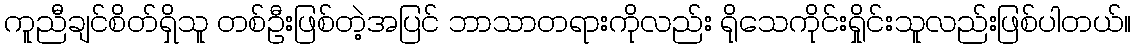
ကူညီချင်စိတ်ရှိသူ တစ်ဦးဖြစ်တဲ့အပြင် ဘာသာတရားကိုလည်း ရိုသေကိုင်းရှိုင်းသူလည်းဖြစ်ပါတယ်။